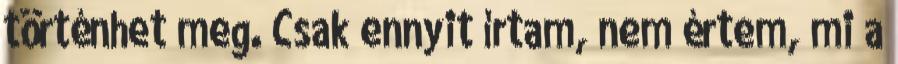
történhet meg. Csak ennyit írtam, nem értem, mi a